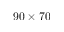
9 0 \times 7 0